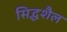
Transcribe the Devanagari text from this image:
सिद्धशैल